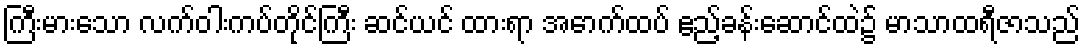
ကြီးမားသော လက်ဝါးကပ်တိုင်ကြီး ဆင်ယင် ထားရာ အောက်ထပ် ဧည့်ခန်းဆောင်ထဲ၌ မာသာထရီဇာသည်